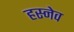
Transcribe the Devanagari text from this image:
हस्नेव